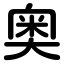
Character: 奥